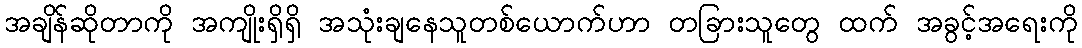
အချိန်ဆိုတာကို အကျိုးရှိရှိ အသုံးချနေသူတစ်ယောက်ဟာ တခြားသူတွေ ထက် အခွင့်အရေးကို